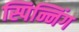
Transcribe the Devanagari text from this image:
स्पिन्निंग